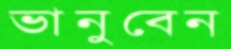
ভানুবেন